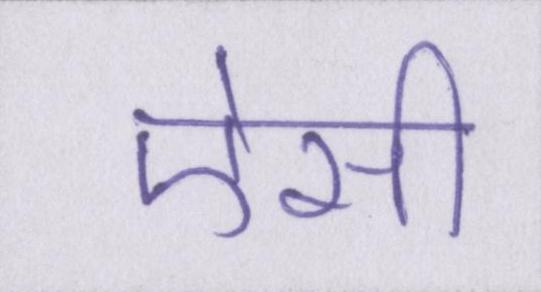
ऐसी